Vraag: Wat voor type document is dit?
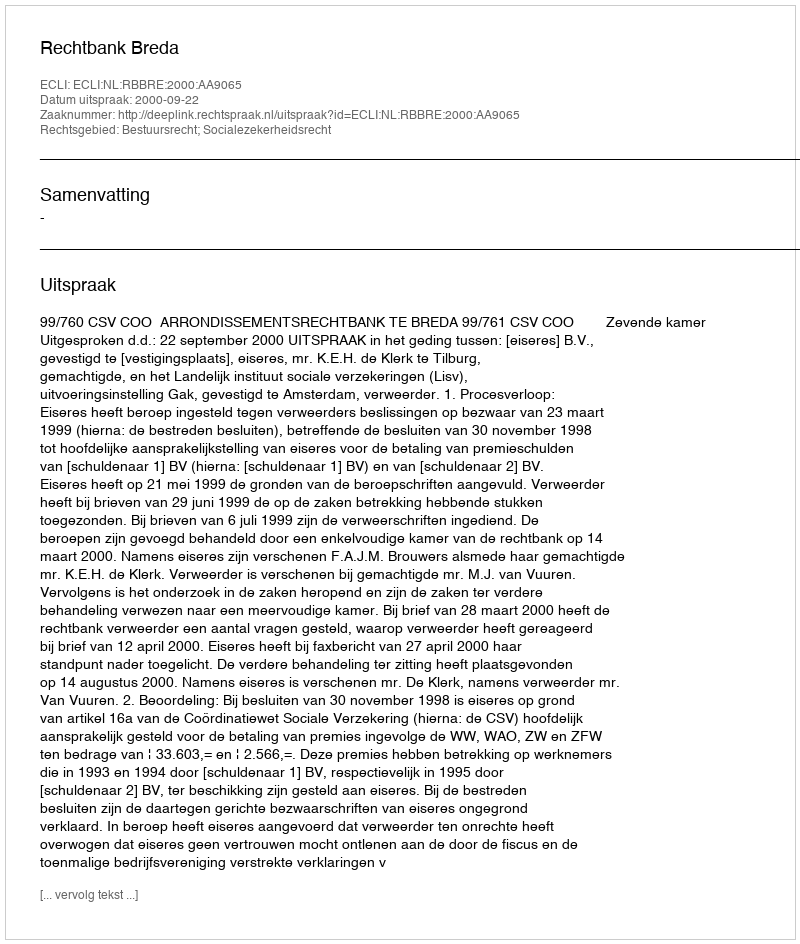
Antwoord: Uitspraak